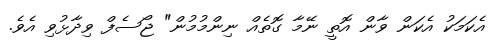
އެކަމަކު އެކަން ވާން އޮތީ ނޭމާ ގޮތެއް ނިންމުމުން" ޖޯސެފް ވިދާޅުވި އެވެ.